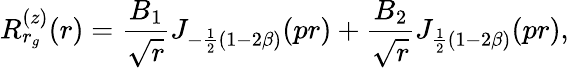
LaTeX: R_{r_{g}}^{(z)}(r)=\frac{B_{1}}{\sqrt{r}}J_{-\frac{1}{2}(1-2\beta)}(pr)+\frac{B_{2}}{\sqrt{r}}J_{\frac{1}{2}(1-2\beta)}(pr),